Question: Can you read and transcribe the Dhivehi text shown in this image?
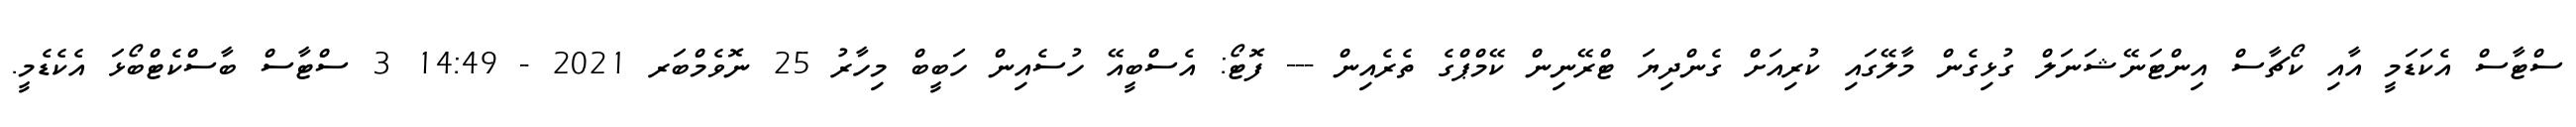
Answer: ސްޓާސް އެކަޑަމީ އާއި ކޯޗާސް އިންޓަނޭޝަނަލް ގުޅިގެން މާލޭގައި ކުރިއަށް ގެންދިޔަ ޓްރޭނިން ކޭމްޕްގެ ތެރެއިން --- ފޮޓޯ: އެސްބީއޭ ހުސެއިން ހަބީބް މިހާރު 25 ނޮވެމްބަރ 2021 - 14:49 3 ސްޓާސް ބާސްކެޓްބޯޅަ އެކެޑެމީ.